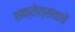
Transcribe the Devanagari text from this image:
शक्रोत्सवाचे